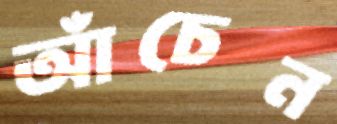
আঁচেন